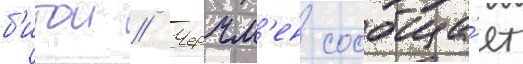
б'итои // Черчм'ен сообща́ет